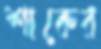
শাকের